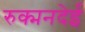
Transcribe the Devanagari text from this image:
रुक्मनदेई